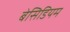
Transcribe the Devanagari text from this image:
बेसिडियम